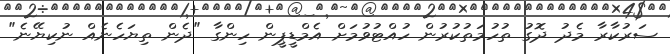
ސަރުކާރާ މެދު ދޮގު ތުހުމަތުކުރުން ހުއްޓުވުމަށް އެމްޑީޕީން ހިންގާ "ދެން ތިޔަހެނެއް ނުކިޔޭނެ"